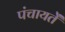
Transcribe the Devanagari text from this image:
पंचायतेँ